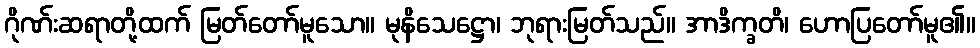
ဂိုဏ်းဆရာတို့ထက် မြတ်တော်မူသော။ မုနိသေဋ္ဌော၊ ဘုရားမြတ်သည်။ အာဒိက္ခတိ၊ ဟောပြတော်မူ၏။